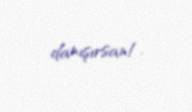
danışırsan!.